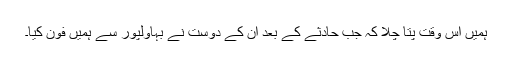
ہمیں اس وقت پتا چلا کہ جب حادثے کے بعد ان کے دوست نے بہاولپور سے ہمیں فون کیا۔